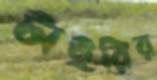
টাইরির